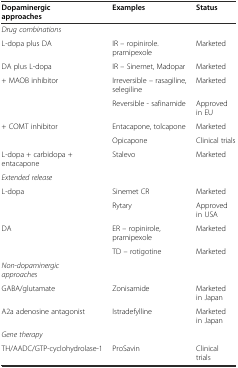
<table><thead><tr><td><b>Dopaminergic approaches</b></td><td><b>Examples</b></td><td><b>Status</b></td></tr></thead><tbody><tr><td><i>Drug combinations</i></td><td></td><td></td></tr><tr><td>L-dopa plus DA</td><td>IR – ropinirole. pramipexole</td><td>Marketed</td></tr><tr><td>DA plus L-dopa</td><td>IR – Sinemet, Madopar</td><td>Marketed</td></tr><tr><td>+ MAOB inhibitor</td><td>Irreversible – rasagiline, selegiline</td><td>Marketed</td></tr><tr><td></td><td>Reversible - safinamide</td><td>Approved in EU</td></tr><tr><td>+ COMT inhibitor</td><td>Entacapone, tolcapone</td><td>Marketed</td></tr><tr><td></td><td>Opicapone</td><td>Clinical trials</td></tr><tr><td>L-dopa + carbidopa + entacapone</td><td>Stalevo</td><td>Marketed</td></tr><tr><td><i>Extended release</i></td><td></td><td></td></tr><tr><td>L-dopa</td><td>Sinemet CR</td><td>Marketed</td></tr><tr><td></td><td>Rytary</td><td>Approved in USA</td></tr><tr><td>DA</td><td>ER – ropinirole, pramipexole</td><td>Marketed</td></tr><tr><td></td><td>TD – rotigotine</td><td>Marketed</td></tr><tr><td><i>Non-dopaminergic approaches</i></td><td></td><td></td></tr><tr><td>GABA/glutamate</td><td>Zonisamide</td><td>Marketed in Japan</td></tr><tr><td>A2a adenosine antagonist</td><td>Istradefylline</td><td>Marketed in Japan</td></tr><tr><td><i>Gene therapy</i></td><td></td><td></td></tr><tr><td>TH/AADC/GTP-cyclohydrolase-1</td><td>ProSavin</td><td>Clinical trials</td></tr></tbody></table>